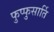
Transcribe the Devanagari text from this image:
फुप्फुसार्ति